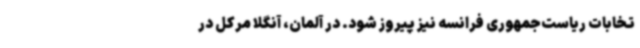
تخابات ریاست‌جمهوری فرانسه نیز پیروز شود. در آلمان، آنگلا مرکل در